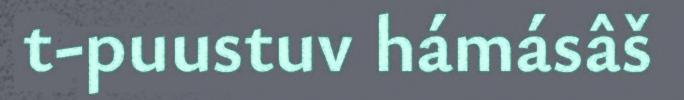
t-puustuv hámásâš